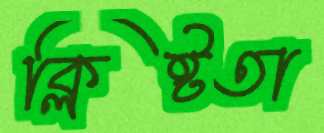
ক্লিষ্টতা